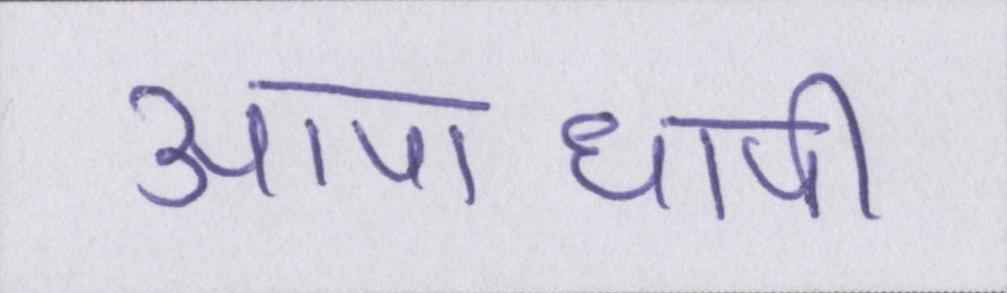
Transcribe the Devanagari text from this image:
आपाधापी